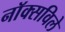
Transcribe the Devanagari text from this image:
नाॅक्सविले